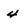
Character: 4